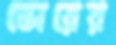
ভোরের